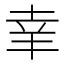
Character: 𦍒